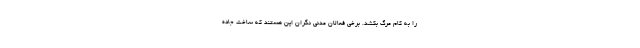
را به کام مرگ بکشد. برخی فعالان مدنی نگران این هستند که ساخت جاده